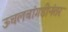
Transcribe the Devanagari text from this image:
ऊचलबांगडीनंतर